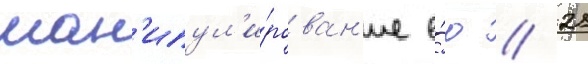
ман'ипул'и́рован'ие е́ю // 21